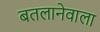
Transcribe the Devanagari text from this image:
बतलानेवाला